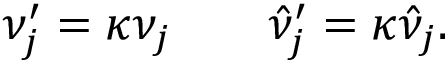
\nu _ { j } ^ { \prime } = \kappa \nu _ { j } \quad \quad \hat { \nu } _ { j } ^ { \prime } = \kappa \hat { \nu } _ { j } .